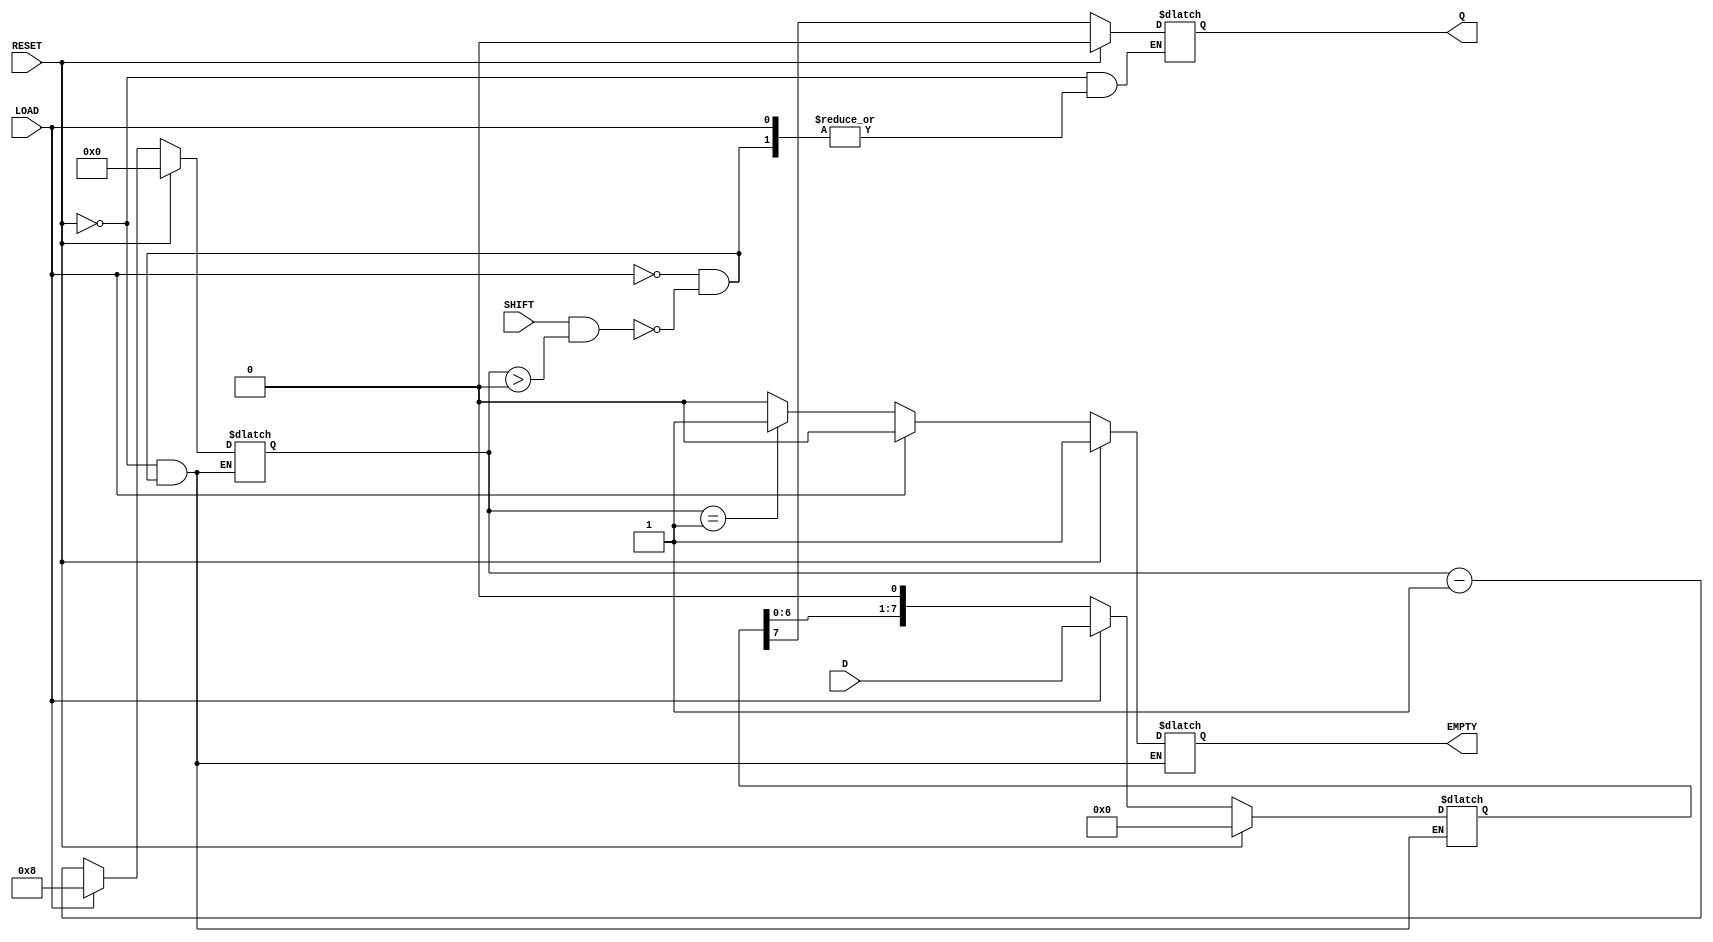
module PISO_Register #(
    parameter n = 8 // Number of bits in the register
)(
    input wire [n-1:0] D,          // Parallel data inputs
    input wire LOAD,                // Load control signal
    input wire SHIFT,               // Shift control signal
    input wire RESET,               // Asynchronous reset signal
    output reg Q,                   // Serial output
    output reg EMPTY                // Empty flag
);

    reg [n-1:0] shift_reg;          // Shift register storage
    reg [3:0] bit_count;            // Counter for bits shifted out

    always @(*) begin
        if (RESET) begin
            // Asynchronous reset
            shift_reg <= 0;
            EMPTY <= 1;
            bit_count <= 0;
            Q <= 0;
        end else if (LOAD) begin
            // Load data into the shift register
            shift_reg <= D;
            EMPTY <= 0; // Register is not empty after loading
            bit_count <= n; // Set bit count to number of bits
        end else if (SHIFT && bit_count > 0) begin
            // Shift data out serially
            Q <= shift_reg[n-1]; // Output the MSB
            shift_reg <= {shift_reg[n-2:0], 1'b0}; // Shift left
            bit_count <= bit_count - 1; // Decrement the count
            if (bit_count == 1) begin
                EMPTY <= 1; // Set EMPTY flag when all bits are shifted out
            end else begin
                EMPTY <= 0; // Register is not empty
            end
        end
    end

endmodule